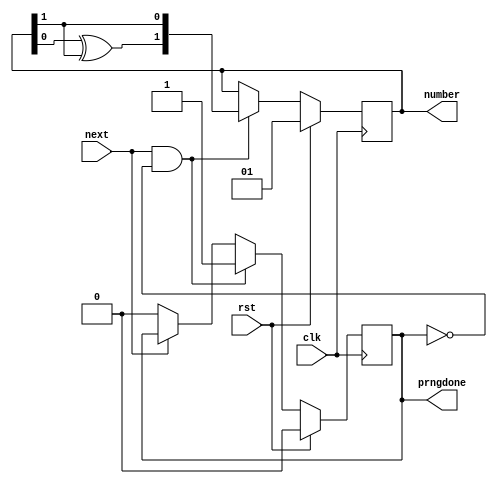
/*
   This file was generated automatically by the Mojo IDE version B1.3.6.
   Do not edit this file directly. Instead edit the original Lucid source.
   This is a temporary file and any changes made to it will be destroyed.
*/

/*
   Parameters:
     SEED = 2b01
*/
module prng2_10 (
    input clk,
    input rst,
    input next,
    output reg [1:0] number,
    output reg prngdone
  );
  
  localparam SEED = 2'h1;
  
  
  reg [1:0] M_out_d, M_out_q = 1'h0;
  reg M_done_d, M_done_q = 1'h0;
  
  reg temp;
  
  reg [1:0] temp_out;
  
  always @* begin
    M_done_d = M_done_q;
    M_out_d = M_out_q;
    
    prngdone = M_done_q;
    number = M_out_q;
    if (next == 1'h1 & ~M_done_q) begin
      temp = M_out_q[0+0-:1] ^ M_out_q[1+0-:1];
      temp_out = M_out_q >> 1'h1;
      temp_out[1+0-:1] = temp;
      M_out_d = temp_out;
      M_done_d = 1'h1;
    end else begin
      if (next == 1'h0) begin
        M_done_d = 1'h0;
      end
    end
    if (rst) begin
      M_out_d = 2'h1;
      M_done_d = 1'h0;
    end
  end
  
  always @(posedge clk) begin
    M_out_q <= M_out_d;
    M_done_q <= M_done_d;
  end
  
endmodule